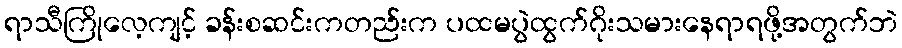
ရာသီကြိုလေ့ကျင့် ခန်းစဆင်းကတည်းက ပထမပွဲထွက်ဂိုးသမားနေရာရဖို့အတွက်ဘဲ